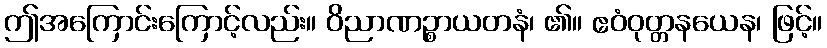
ဤအကြောင်းကြောင့်လည်း။ ဝိညာဏဉ္စာယတနံ၊ ၏။ ဧဝံဝုတ္တနယေန၊ ဖြင့်။